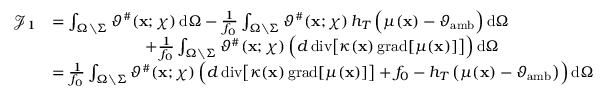
\begin{array} { r l } { \mathcal { J } _ { 1 } } & { = \int _ { \Omega \setminus \Sigma } \vartheta ^ { \# } ( \mathbf { x } ; \chi ) \, \mathrm { d } \Omega - \frac { 1 } { f _ { 0 } } \int _ { \Omega \setminus \Sigma } \vartheta ^ { \# } ( \mathbf { x } ; \chi ) \, h _ { T } \, \Big ( \mu ( \mathbf { x } ) - \vartheta _ { \mathrm { a m b } } \Big ) \, \mathrm { d } \Omega } \\ & { \qquad \qquad \qquad + \frac { 1 } { f _ { 0 } } \int _ { \Omega \setminus \Sigma } \vartheta ^ { \# } ( \mathbf { x } ; \chi ) \, \Big ( d \, \mathrm { d i v } \big [ \kappa ( \mathbf { x } ) \, \mathrm { g r a d } [ \mu ( \mathbf { x } ) ] \big ] \Big ) \, \mathrm { d } \Omega } \\ & { = \frac { 1 } { f _ { 0 } } \int _ { \Omega \setminus \Sigma } \vartheta ^ { \# } ( \mathbf { x } ; \chi ) \, \Big ( d \, \mathrm { d i v } \big [ \kappa ( \mathbf { x } ) \, \mathrm { g r a d } [ \mu ( \mathbf { x } ) ] \big ] + f _ { 0 } - h _ { T } \, \big ( \mu ( \mathbf { x } ) - \vartheta _ { \mathrm { a m b } } \big ) \Big ) \, \mathrm { d } \Omega } \end{array}